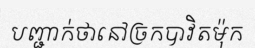
បញ្ជាក់ថានៅច្រកបាវិតម៉ុក